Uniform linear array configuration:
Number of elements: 8
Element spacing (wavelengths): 0.75
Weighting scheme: kaiser
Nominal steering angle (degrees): -15
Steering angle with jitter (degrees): -13.686
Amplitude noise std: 0.05
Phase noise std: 0.05

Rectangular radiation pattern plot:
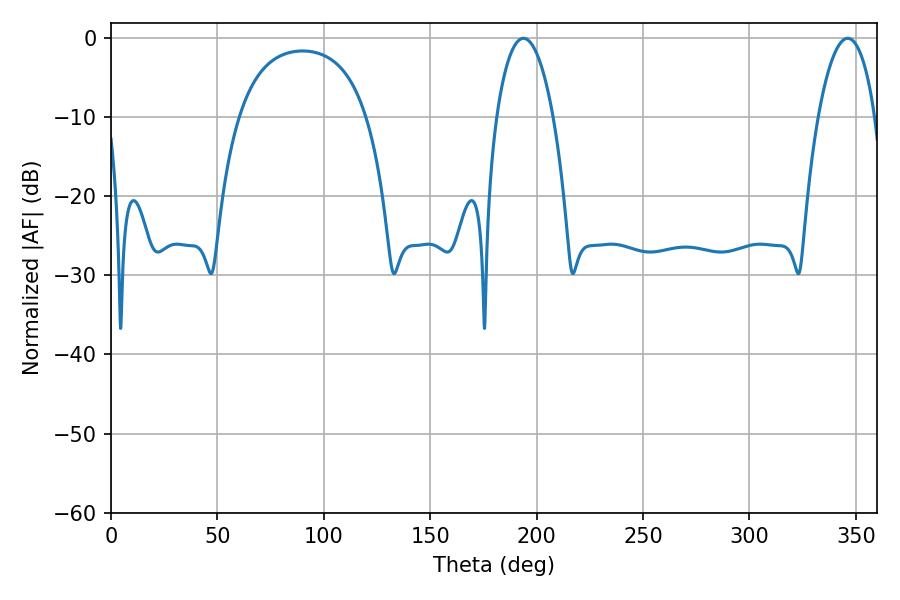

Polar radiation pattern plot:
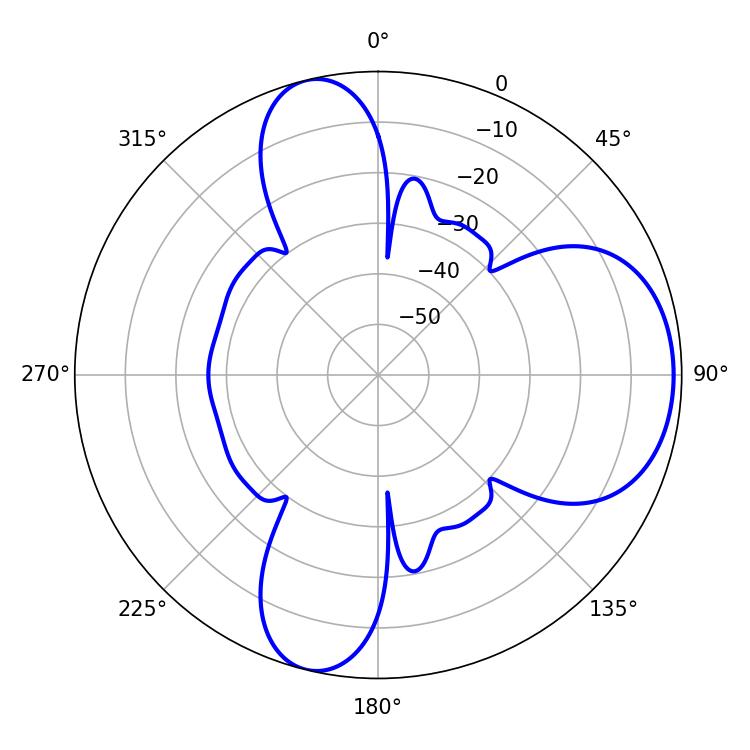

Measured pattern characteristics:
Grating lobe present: TRUE
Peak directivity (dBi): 7.674
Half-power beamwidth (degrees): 14.94
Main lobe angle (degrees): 193.86